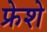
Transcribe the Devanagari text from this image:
फ्रेशे